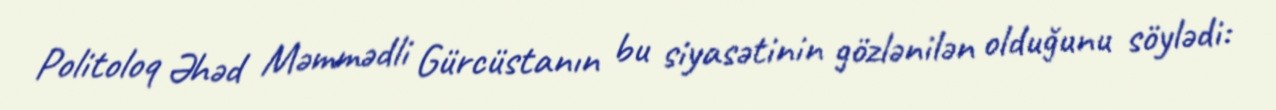
Politoloq Əhəd Məmmədli Gürcüstanın bu siyasətinin gözlənilən olduğunu söylədi: